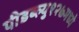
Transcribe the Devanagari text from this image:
पीडब्ल्यु१२७मध्ये